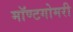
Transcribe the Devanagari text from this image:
मॉण्टगोमरी